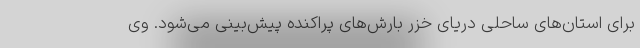
برای استان‌های ساحلی دریای خزر بارش‌های پراکنده پیش‌بینی می‌شود. وی